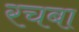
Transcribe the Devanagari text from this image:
रचबा